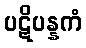
ပဋိပန္နကံ